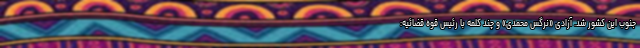
جنوب این کشور شد. آزادی «نرگس محمدی» و چند کلمه با رئیس قوه قضائیه: